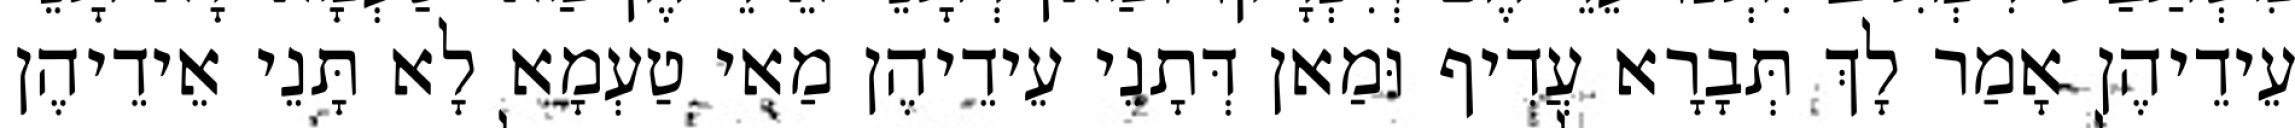
עֵידֵיהֶן אָמַר לָךְ תְּבָרָא עֲדִיף וּמַאן דְּתָנֵי עֵידֵיהֶן מַאי טַעְמָא לָא תָּנֵי אֵידֵיהֶן